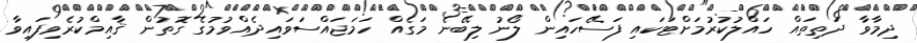
ދިމާވާ ދަތިތައް ހައްލުކުރުމަށްޓަކައި ފަސޭހައިން ލޯނު ލިބޭނެ މަގެއް ހަމަޖައްސަވައިދެއްވުމުގެ ގޮތުން ޤާއިމްކުރެވިފައިވާ